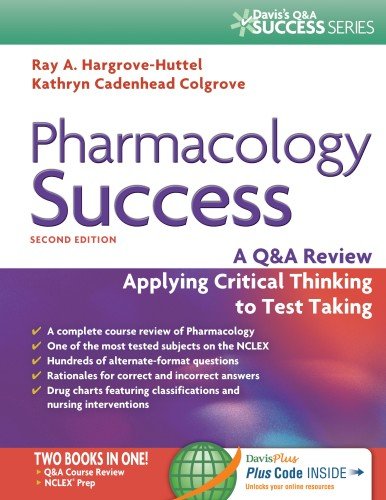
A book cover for Pharmacology Success: A Q&A Review Applying Critical Thinking to Test Taking ( Second Edition ) (Davis's Q&a Success); Ray A. Hargrove-Huttel RN  PhD; Medical Books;